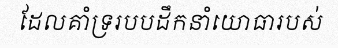
ដែលគាំទ្ររបបដឹកនាំយោធារបស់